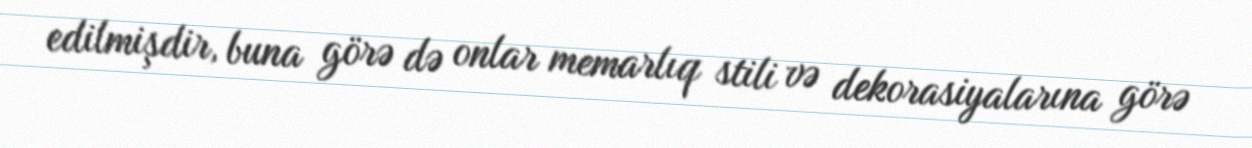
edilmişdir, buna görə də onlar memarlıq stili və dekorasiyalarına görə